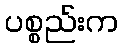
ပစ္စည်းက